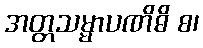
အတ္တသမ္မာပဏိဓိ စ၊